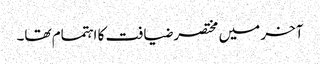
آخر میں مختصر ضیافت کا اہتمام تھا۔